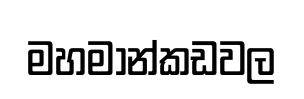
මහමාන්කඩවල